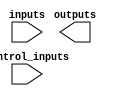
module mac
  #(
    parameter WW = 4,
    parameter MACDATAIN = 2,
    parameter MACDATAOUT = 1,
    parameter MACCONTROLIN = 2
    )
   (
    input [WW*MACDATAIN-1:0] inputs,
    output [WW*MACDATAOUT-1:0] outputs,
    input [MACCONTROLIN-1:0] control_inputs
    );

endmodule